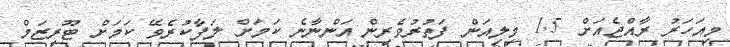
މިއަހަރު ރާއްޖެއަށް 1.5 މިލިއަން ފަތުރުވެރިން އަންނާނެ ކަމަށް ލަފާކުރެވޭ ކަމަށް ޓޫރިޒަމް